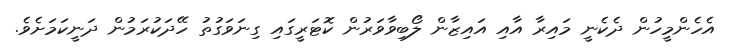
އެހެންމީހުން ދެކެނީ މައިރާ އާއި އައިޒާން ލޯބިވާވަރުން ކޮޓަރީގައި ގިނަވަގުތު ހޭދަކުރަމުން ދަނީކަމަށެވެ.